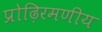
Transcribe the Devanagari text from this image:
प्रोढ़िरमणीय